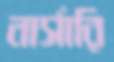
নার্সারি